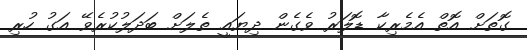
ގޮތަށް އޮތް އެމެރިކާ ޑޮލަރު ވެގެން ދިޔައީ ތެލަށް ބަދަލުކުރެވޭ އަގު ހުރި